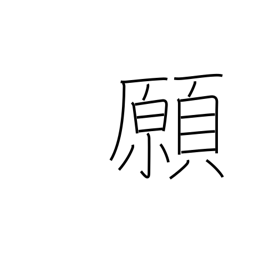
Meaning: petition